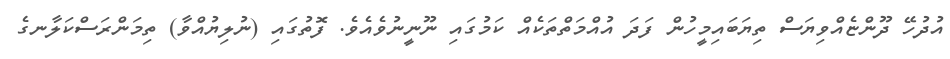
އުދުހޭ ދޫންޏެއްވިޔަސް ތިޔަބައިމީހުން ފަދަ އުއްމަތްތަކެއް ކަމުގައި ނޫނީނުވެއެވެ. ފޮތުގައި (ނުލިޔުއްވާ) ތިމަންރަސްކަލާނގެ